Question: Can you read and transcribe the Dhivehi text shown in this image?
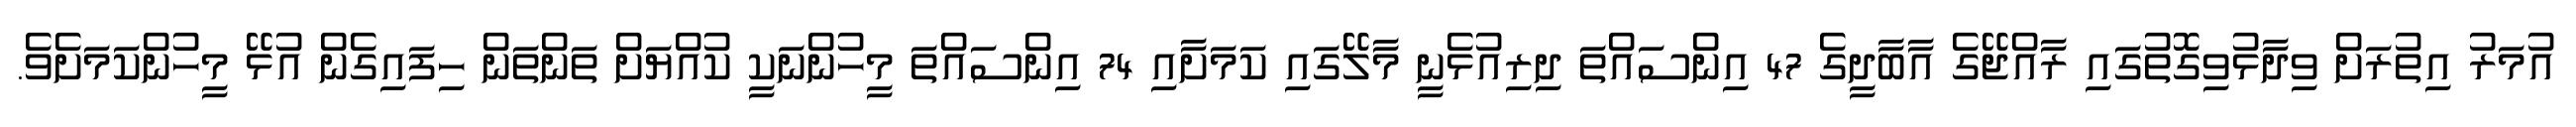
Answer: އުމަރު އިތުރަށް ވިދާޅުވިގޮތުގައި ރާއްޖޭގެ އާބާދީގެ 47 އިންސައްތަ ދިރިއުޅެނީ މާލޭގައި ކަމަށާއި 74 އިންސައްތަ މީހުންނަކީ ކުއްޔަށް ތަންތަން ހިފައިގެން އުޅޭ މީހުންކަމަށެވެ.